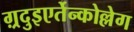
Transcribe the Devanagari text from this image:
ग़्रदुइएर्तेन्कोल्लेग